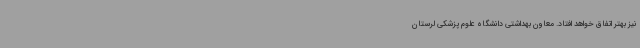
نیز بهتر اتفاق خواهد افتاد. معاون بهداشتی دانشگاه علوم پزشکی لرستان